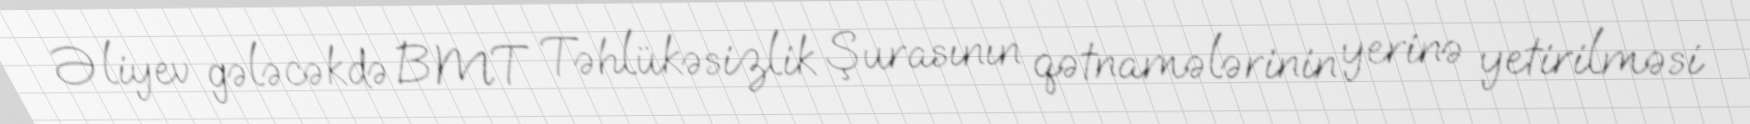
Əliyev gələcəkdə BMT Təhlükəsizlik Şurasının qətnamələrinin yerinə yetirilməsi